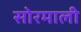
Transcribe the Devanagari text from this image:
सोरमाली